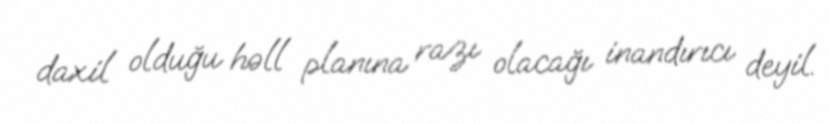
daxil olduğu həll planına razı olacağı inandırıcı deyil.